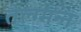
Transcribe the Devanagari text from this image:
तेल्ग्मन्न